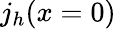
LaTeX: j_{h}(x=0)